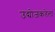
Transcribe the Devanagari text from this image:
उद्योजकतेला